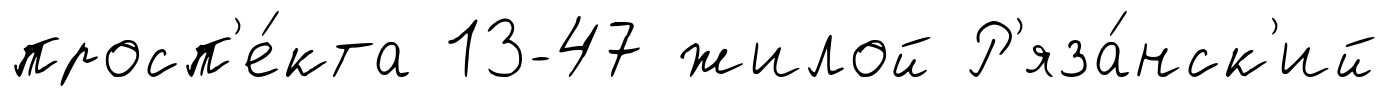
просп'е́кта 13-47 жилой Р'яза́нск'ий